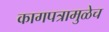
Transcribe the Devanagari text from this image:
कागपत्रामुळेच